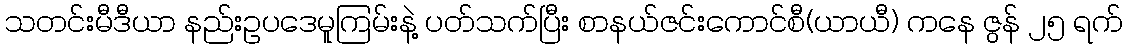
သတင်းမီဒီယာ နည်းဥပဒေမူကြမ်းနဲ့ ပတ်သက်ပြီး စာနယ်ဇင်းကောင်စီ(ယာယီ) ကနေ ဇွန် ၂၅ ရက်